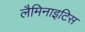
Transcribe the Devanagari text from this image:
लैमिनाइटिस